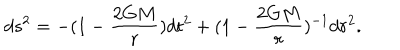
LaTeX: d s ^ { 2 } = - ( 1 - \frac { 2 G M } { r } ) d t ^ { 2 } + ( 1 - \frac { 2 G M } { r } ) ^ { - 1 } d r ^ { 2 } .